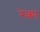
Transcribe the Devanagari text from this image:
रेका